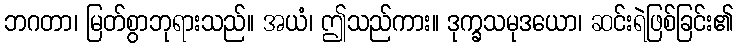
ဘဂတာ၊ မြတ်စွာဘုရားသည်။ အယံ၊ ဤသည်ကား။ ဒုက္ခသမုဒယော၊ ဆင်းရဲဖြစ်ခြင်း၏